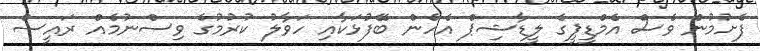
ފެށުމުން ވެސް އެމްޑީޕީގެ ލީޑާޝިޕް އެހެން ބޭފުޅަކާއި ހަވާލު ކުރުމުގެ ވިސްނުމެއް ރައީސް